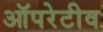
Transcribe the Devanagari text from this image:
ऑपरेटीव